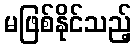
မဖြစ်နိုင်သည့်